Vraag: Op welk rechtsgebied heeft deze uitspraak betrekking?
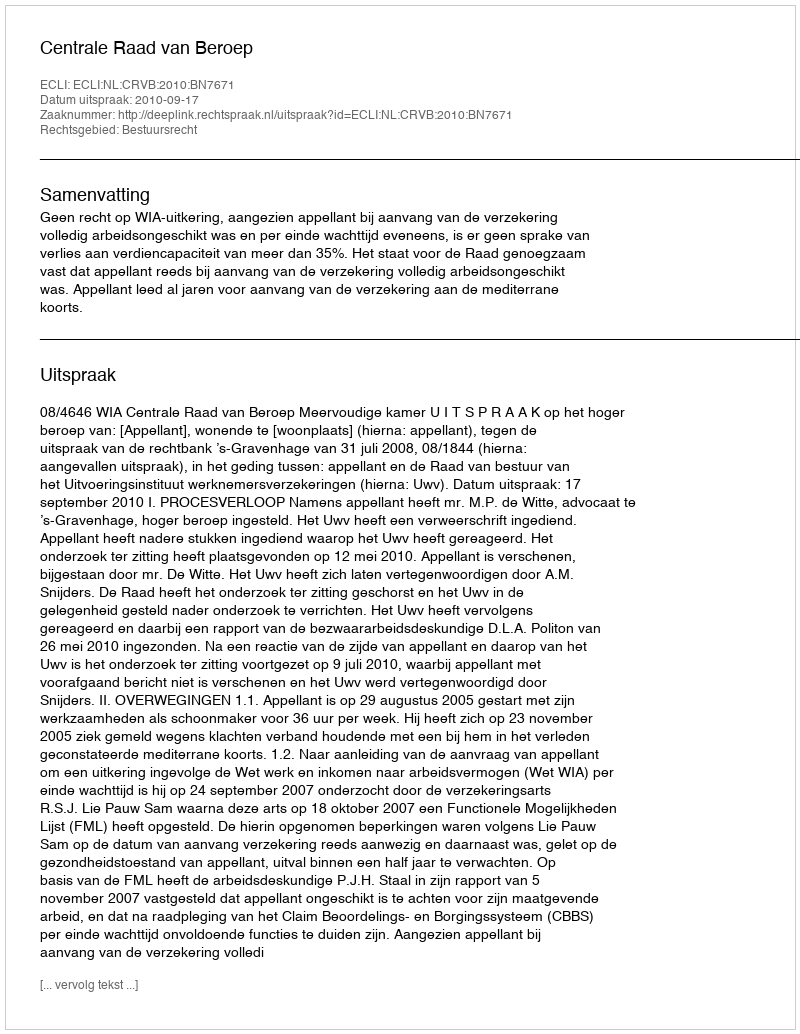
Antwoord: Bestuursrecht